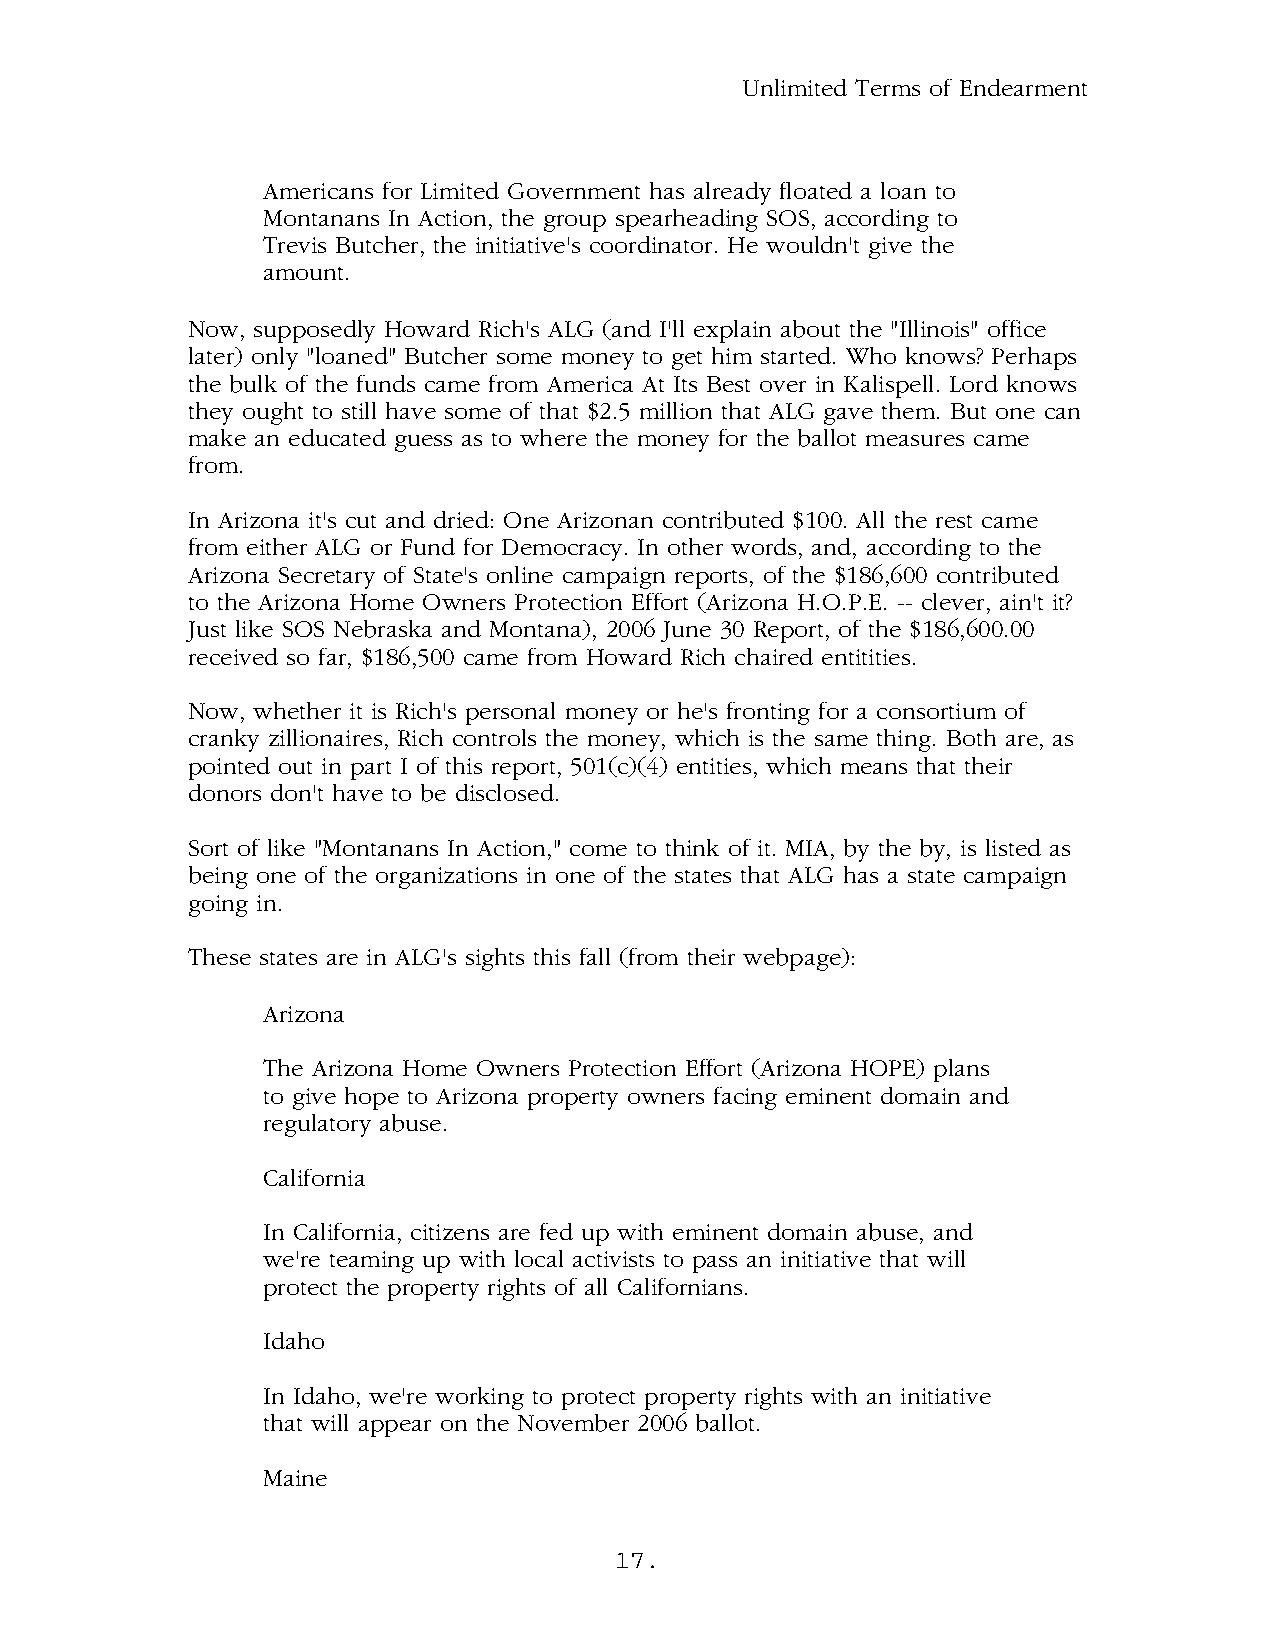
Unlimited Terms of Endearment
 Americans for Limited Government has already floated a loan to
 Montanans In Action, the group spearheading SOS, according to
 Trevis Butcher, the initiative's coordinator. He wouldn't give the
 amount.
 Now, supposedly Howard Rich's ALG (and I'll explain about the "Illinois" office
 later) only "loaned" Butcher some money to get him started. Who knows? Perhaps
 the bulk of the funds came from America At Its Best over in Kalispell. Lord knows
 they ought to still have some of that $2.5 million that ALG gave them. But one can
 make an educated guess as to where the money for the ballot measures came
 from.
 In Arizona it's cut and dried: One Arizonan contributed $100. All the rest came
 from either ALG or Fund for Democracy. In other words, and, according to the
 Arizona Secretary of State's online campaign reports, of the $186,600 contributed
 to the Arizona Home Owners Protection Effort (Arizona H.O.P.E. -- clever, ain't it?
 Just like SOS Nebraska and Montana), 2006 June 30 Report, of the $186,600.00
 received so far, $186,500 came from Howard Rich chaired entitities.
 Now, whether it is Rich's personal money or he's fronting for a consortium of
 cranky zillionaires, Rich controls the money, which is the same thing. Both are, as
 pointed out in part I of this report, 501(c)(4) entities, which means that their
 donors don't have to be disclosed.
 Sort of like "Montanans In Action," come to think of it. MIA, by the by, is listed as
 being one of the organizations in one of the states that ALG has a state campaign
 going in.
 These states are in ALG's sights this fall (from their webpage):
 Arizona
 The Arizona Home Owners Protection Effort (Arizona HOPE) plans
 to give hope to Arizona property owners facing eminent domain and
 regulatory abuse.
 California
 In California, citizens are fed up with eminent domain abuse, and
 we're teaming up with local activists to pass an initiative that will
 protect the property rights of all Californians.
 Idaho
 In Idaho, we're working to protect property rights with an initiative
 that will appear on the November 2006 ballot.
 Maine
 17.